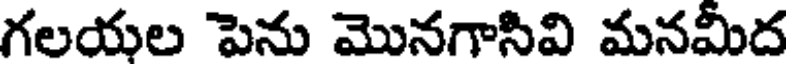
గలయల పెను మొనగాసివి మనమీద